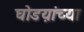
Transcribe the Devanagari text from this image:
घोडय़ांच्या